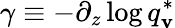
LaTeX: \gamma\equiv-\partial_{z}\log{q_{\mathbf{v}}^{*}}